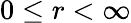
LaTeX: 0\leq r<\infty